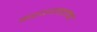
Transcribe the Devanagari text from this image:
करण्याइतका